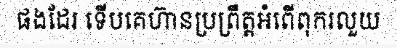
ផងដែរ ទើបគេហ៊ានប្រព្រឹត្តអំពើពុករលួយ